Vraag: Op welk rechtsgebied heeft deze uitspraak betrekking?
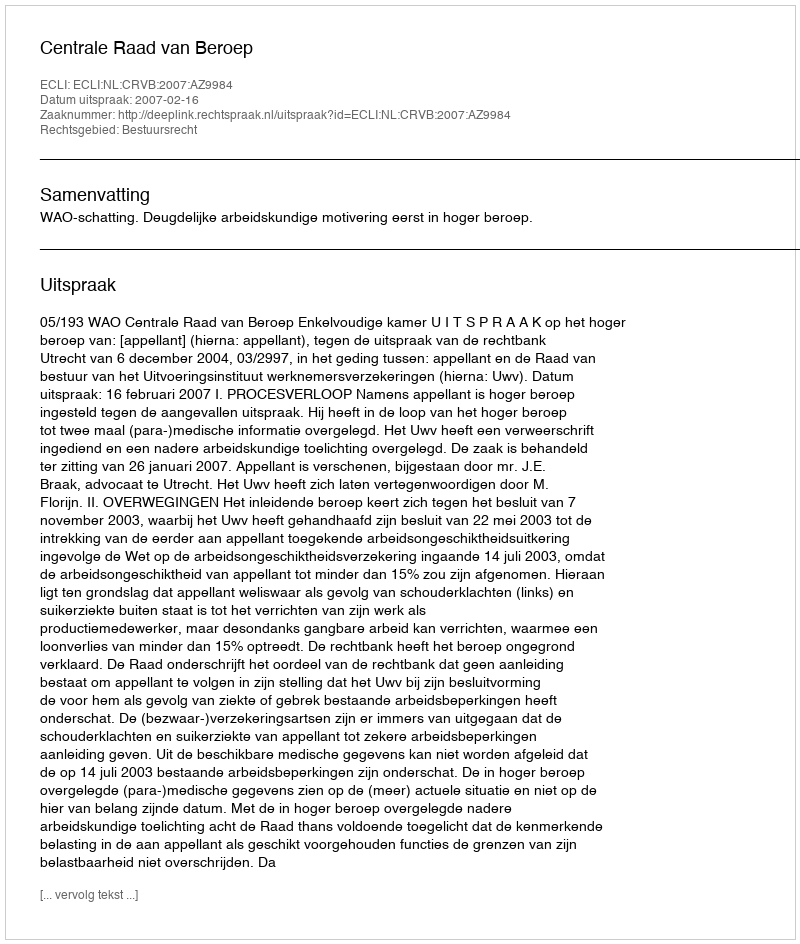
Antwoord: Bestuursrecht